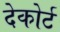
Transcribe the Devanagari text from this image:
देकोर्ट